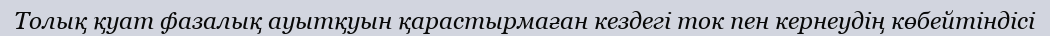
Толық қуат фазалық ауытқуын қарастырмаған кездегі ток пен кернеудің көбейтіндісі